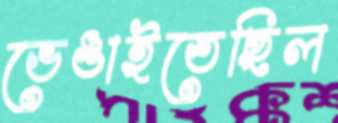
ভেঙাইতেছিল